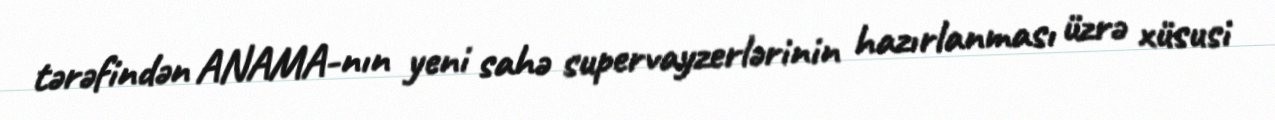
tərəfindən ANAMA-nın yeni sahə supervayzerlərinin hazırlanması üzrə xüsusi